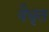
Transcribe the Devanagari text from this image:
वैधृत